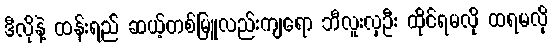
ဒီလိုနဲ့ ထန်းရည် ဆယ့်တစ်မြူလည်းကျရော ဘီလူးလှဦး ထိုင်ရမလို ထရမလို